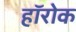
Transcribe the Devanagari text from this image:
हॉरोक